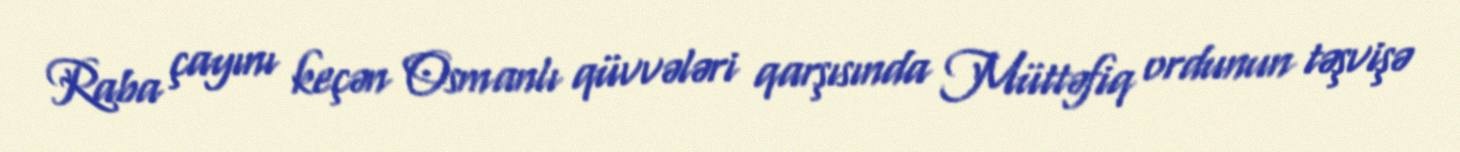
Raba çayını keçən Osmanlı qüvvələri qarşısında Müttəfiq ordunun təşvişə